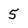
Character: 5